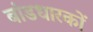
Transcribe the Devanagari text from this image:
बांडधारकों